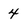
Character: 4